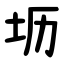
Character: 坜